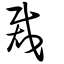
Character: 裁